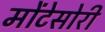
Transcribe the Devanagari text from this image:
मोंटेसोरी